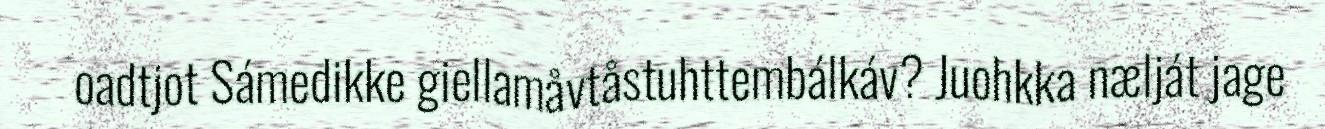
oadtjot Sámedikke giellamåvtåstuhttembálkáv? Juohkka nælját jage